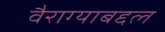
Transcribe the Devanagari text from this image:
वैराग्याबद्दल